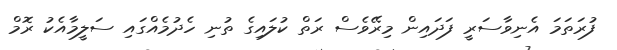
ފުރަތަމަ އެނިވާސަރީ ފަދައިން މިރޭވެސް ރަތް ކުލައިގެ ތުނި ހެދުމެއްގައި ސަލީމާއެކު ރޮމް